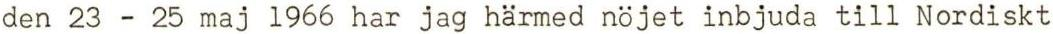
den 23 - 25 maj 1966 har jag härmed nöjet inbjuda till Nordiskt